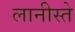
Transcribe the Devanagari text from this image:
लानीस्ते